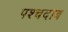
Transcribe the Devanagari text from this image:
पश्चदाब